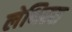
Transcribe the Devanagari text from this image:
लेथिरस